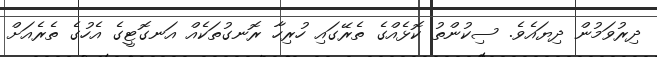
ދިރުވަމުން ދިޔައެވެ. ސިކުންތު ކޮޅެއްގެ ތެރޭގައި ހުރިހާ ރޮނގުތަކެއް އަނގޮޓީގެ އެހުގެ ތެރެއަށް